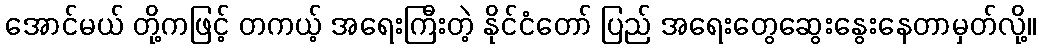
အောင်မယ် တို့ကဖြင့် တကယ့် အရေးကြီးတဲ့ နိုင်ငံတော် ပြည် အရေးတွေဆွေးနွေးနေတာမှတ်လို့။